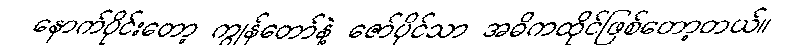
နောက်ပိုင်းတော့ ကျွန်တော်နဲ့ ဇော်ပိုင်သာ အဓိကထိုင်ဖြစ်တော့တယ်။